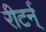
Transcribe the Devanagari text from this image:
रीटर्न्